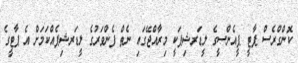
ކޮންގްރެސް ޕާޓީ ޕީއެންސީގެ ލީޑަރޝިޕަކީ މިރާއްޖޭގައި ނެތް ފެންވަރުގެ ލީޑަރޝިޕެއްކަމަށް އެ ޕާޓީގެ